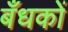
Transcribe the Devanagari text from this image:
बँधकों